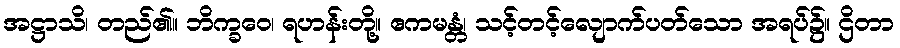
အဋ္ဌာသိ၊ တည်၏။ ဘိက္ခဝေ၊ ရဟန်းတို့။ ဧကမန္တံ၊ သင့်တင့်လျောက်ပတ်သော အရပ်၌။ ဌိတာ